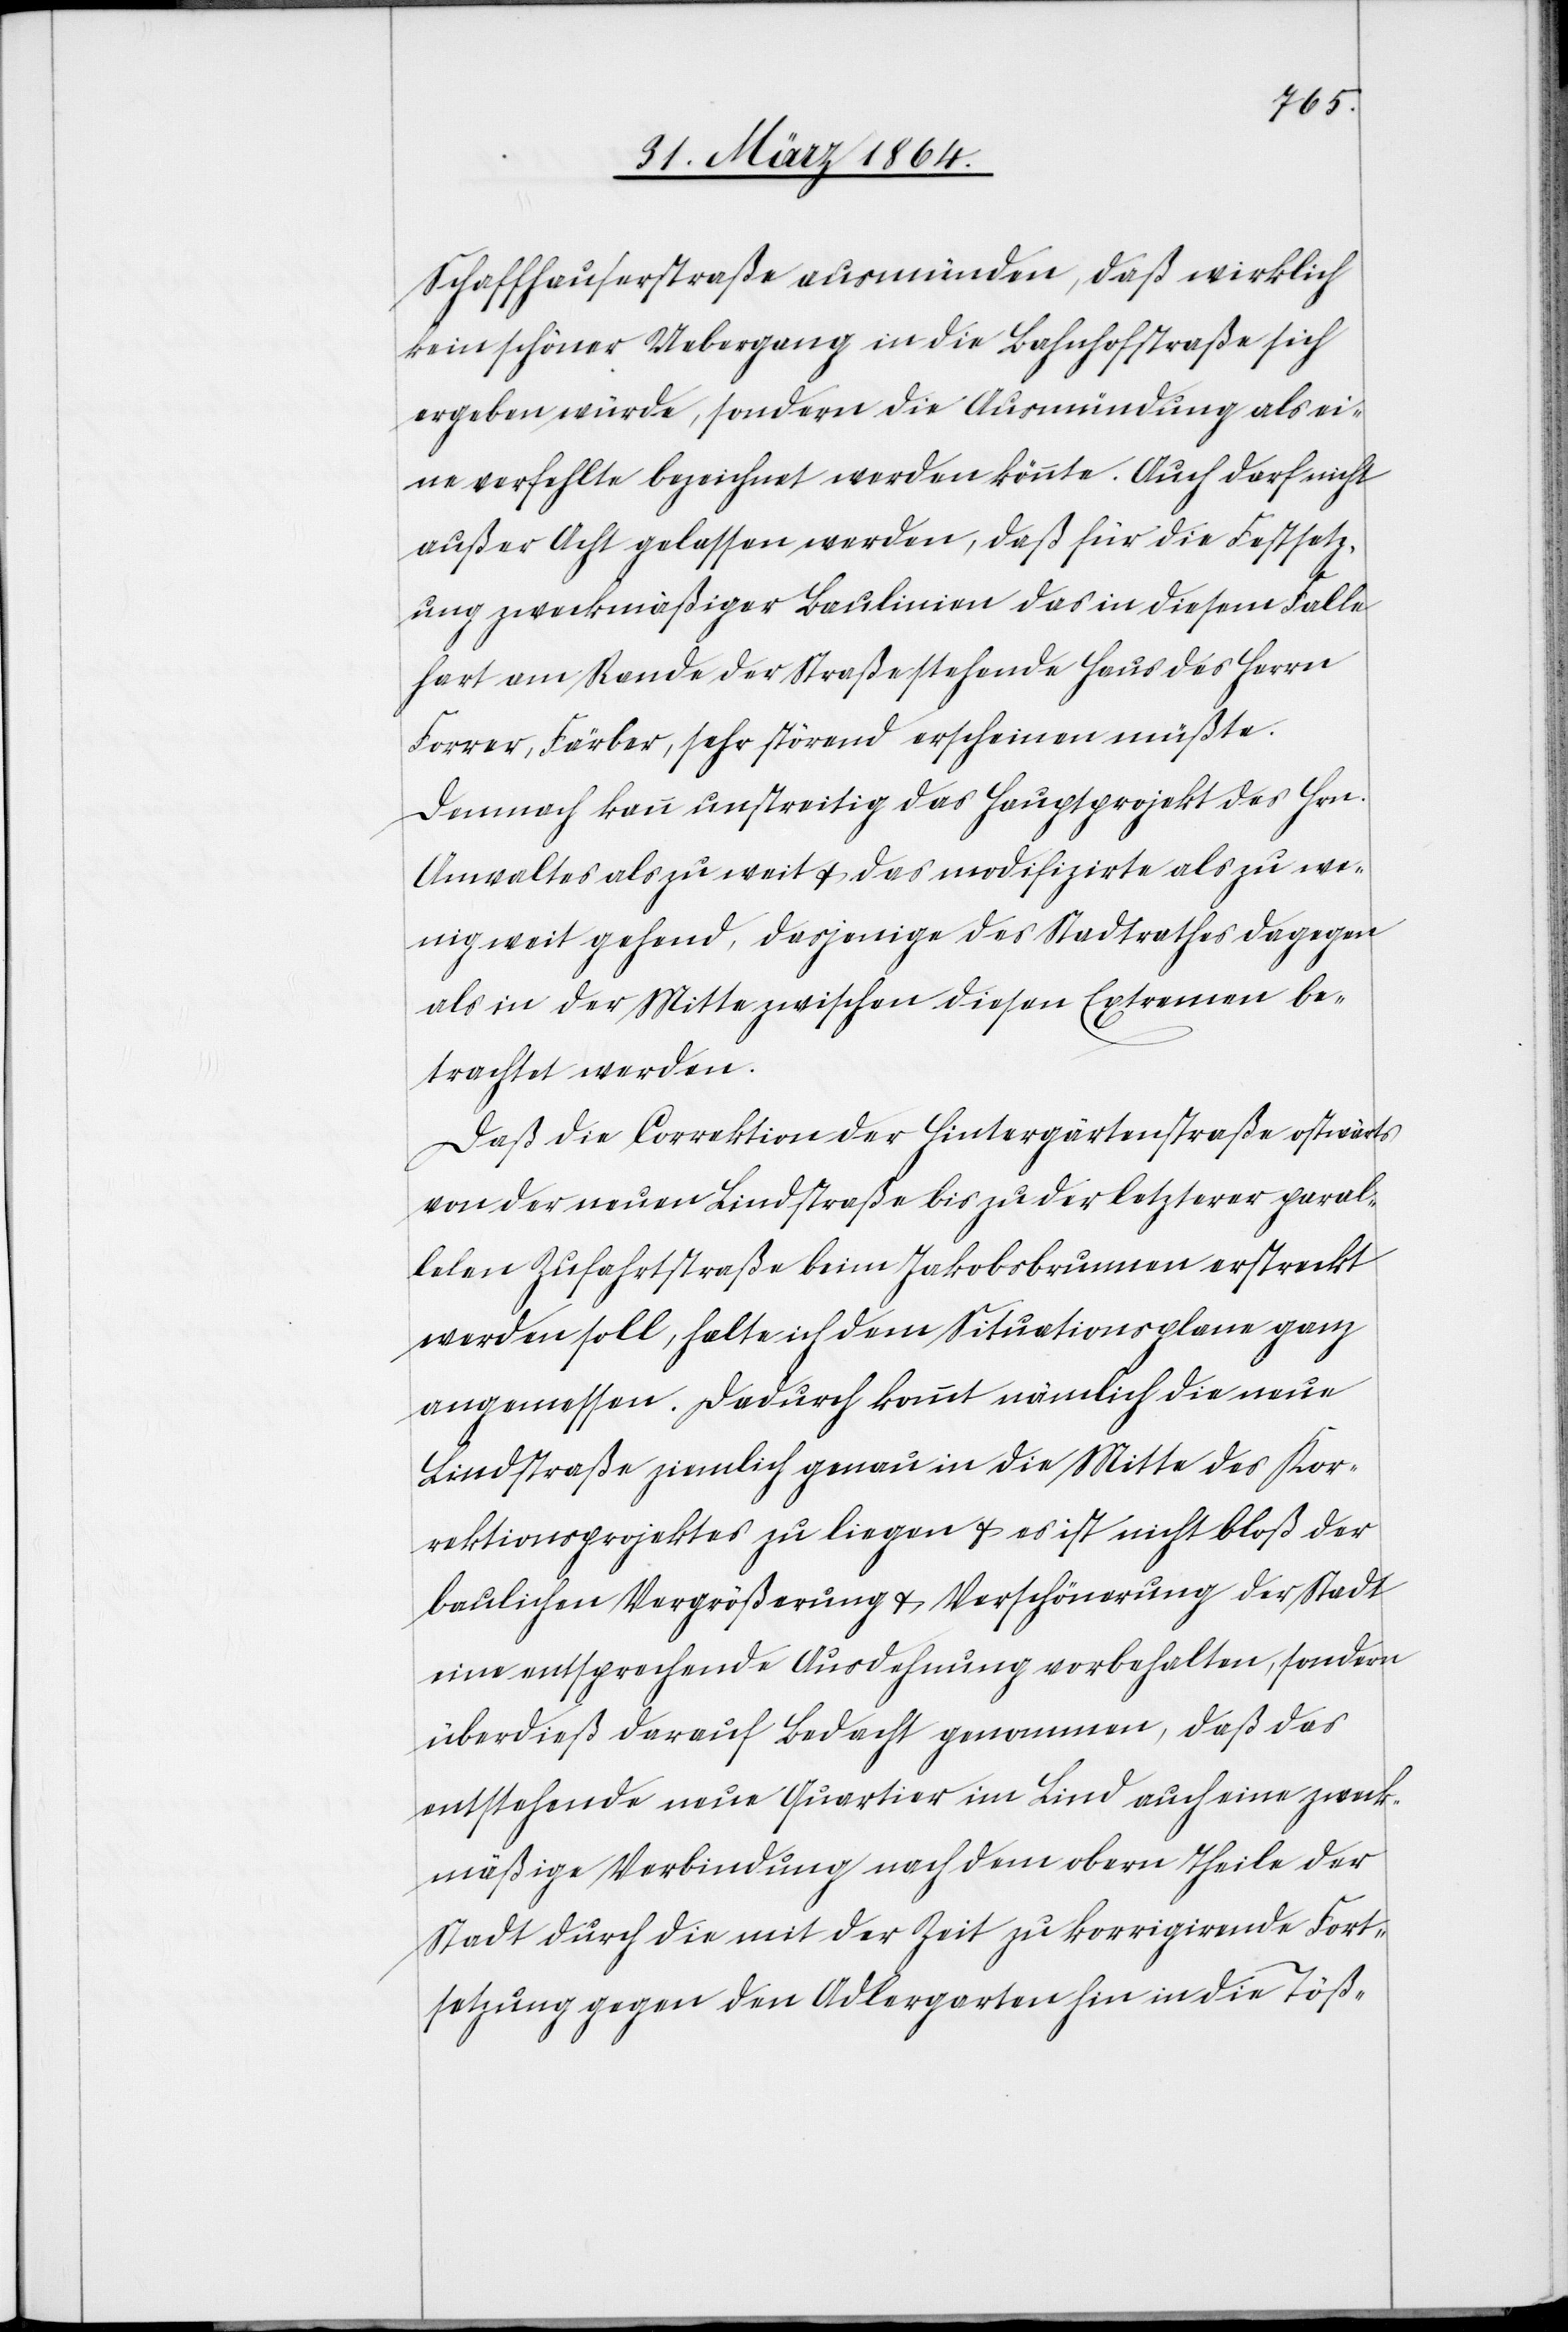
Schaffhauserstraße ausmünden, daß wirklich
kein schöner Uebergang in die Bahnhofstraße sich
ergeben würde, sondern die Ausmündung als ei¬
ne verfehlte bezeichnet werden könnte. Auch darf nicht
außer Acht gelassen werden, daß für die Festsetz¬
ung zweckmäßiger Baulinien das in diesem Falle
hart am Rande der Straße stehende Haus des Herrn
Forrer, Färber, sehr störend erscheinen müßte.
Demnach kann unstreitig das Hauptprojekt des Hrn.
Anwaltes als zu weit u. das modifizirte als zu we¬
nig weit gehend, dasjenige des Stadtrathes dagegen
als in der Mitte zwischen diesen Extremen be¬
trachtet werden.
Daß die Correktion der Hintergärtenstraße ostwärts
von der neuen Lindstraße bis zu der letzterer paral¬
lelen Zufahrtstraße beim Jakobsbrunnen erstreckt
werden soll, halte ich dem Situationsplane ganz
angemessen. Dadurch kommt nämlich die neue
Lindstraße ziemlich genau in die Mitte des Kor¬
rektionsprojektes zu liegen u. es ist nicht bloß der
baulichen Vergrößerung u. Verschönerung der Stadt
eine entsprechende Ausdehnung vorbehalten, sondern
überdieß darauf Bedacht genommen, daß das
entstehende neue Quartier im Lind auch eine zweck¬
mäßige Verbindung nach dem obern Theile der
Stadt durch die mit der Zeit zu korrigirende Fort¬
setzung gegen den Adlergarten hin in die Töß-